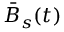
\bar { B } _ { s } ( t )